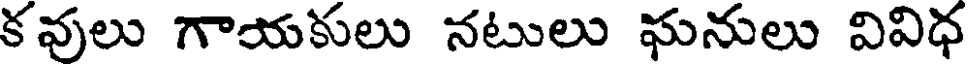
కవులు గాయకులు నటులు ఘనులు వివిధ